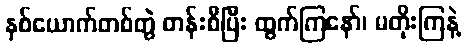
နှစ်ယောက်တစ်တွဲ တန်းစီပြီး ထွက်ကြနော်၊ မတိုးကြနဲ့